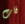
فات